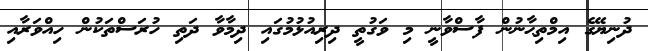
ދުނިޔޭގެ އިމްތިޙާނުން ފާސްވާނީ މި ވަގުތީ ދިރިއުޅުމުގައި ދިމާވާ ދަތި ހުރަސްތަކުން ހިއްވަރާއި